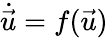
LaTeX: \dot{\vec{u}}=f(\vec{u})